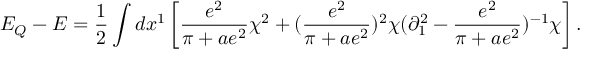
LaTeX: E _ { Q } - E = { \frac { 1 } { 2 } } \int d x ^ { 1 } \left[ { \frac { e ^ { 2 } } { \pi + a e ^ { 2 } } } \chi ^ { 2 } + ( { \frac { e ^ { 2 } } { \pi + a e ^ { 2 } } } ) ^ { 2 } \chi ( \partial _ { 1 } ^ { 2 } - { \frac { e ^ { 2 } } { \pi + a e ^ { 2 } } } ) ^ { - 1 } \chi \right] .